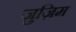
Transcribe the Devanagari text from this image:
ज़ुज़िम